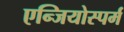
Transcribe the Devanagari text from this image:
एन्जियोस्पर्म